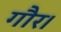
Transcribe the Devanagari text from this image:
गौर।